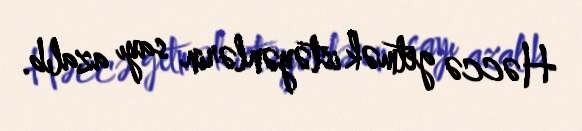
Həccə getmək istəyənlərin sayı azalıb.